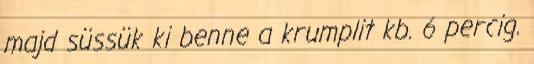
majd süssük ki benne a krumplit kb. 6 percig.